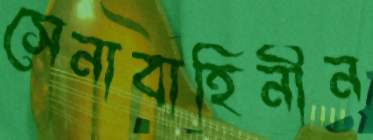
সেনাবাহিনীন